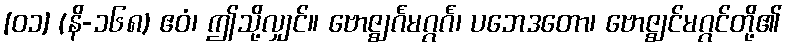
[၀၁] (နိ-၁၆၈) ဧဝံ၊ ဤသို့လျှင်။ ဗောဇ္ဈင်္ဂမဂ္ဂင်္ဂ၊ ပဘေဒတော၊ ဗောဇ္ဈင်မဂ္ဂင်တို့၏